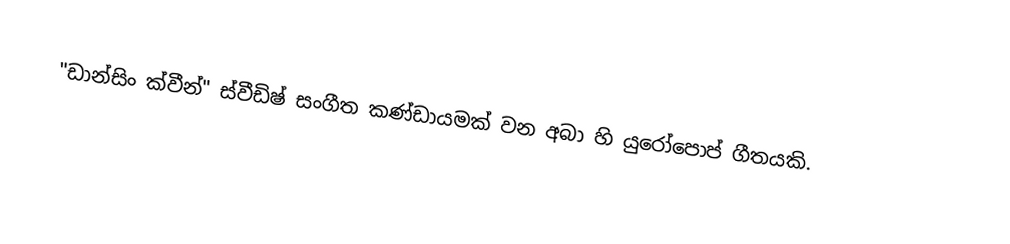
"ඩාන්සිං ක්වීන්" ස්වීඩිෂ් සංගීත කණ්ඩායමක් වන අබා හි යුරෝපොප් ගීතයකි.